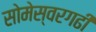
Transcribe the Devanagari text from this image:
सोमेस्वरगढी